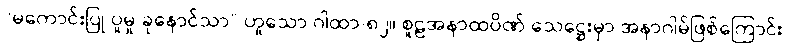
“မကောင်းပြု ပူမှု ခုနောင်သာ” ဟူသော ဂါထာ-၈၂။ စူဠအနာထပိဏ် သေဋ္ဌေးမှာ အနာဂါမ်ဖြစ်ကြောင်း